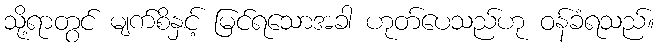
သို့ရာတွင် မျက်စိနှင့် မြင်ရသောအခါ ဟုတ်ပေသည်ဟု ဝန်ခံရသည်။